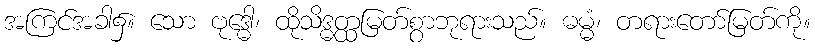
အကြင်အခါ၌။ သော ဗုဒ္ဓေါ၊ ထိုသိဒ္ဓတ္ထမြတ်စွာဘုရားသည်။ ဓမ္မံ၊ တရားတော်မြတ်ကို။